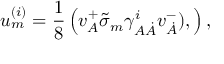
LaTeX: u _ { { m } } ^ { { ( i ) } } = { \frac { 1 } { 8 } } \left( v _ { { A } } ^ { + } \tilde { \sigma } _ { { m } } \gamma _ { { A } { \dot { A } } } ^ { { i } } v _ { { \dot { A } } } ^ { { - } } ) , \right) ,